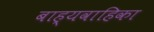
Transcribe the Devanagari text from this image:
बाह्यवाहिका